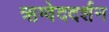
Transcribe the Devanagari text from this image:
ऋग्वेददर्शन